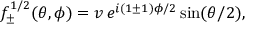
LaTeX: f _ { \pm } ^ { 1 / 2 } ( \theta , \phi ) = v \, e ^ { i ( 1 \pm 1 ) \phi / 2 } \sin ( \theta / 2 ) ,